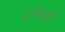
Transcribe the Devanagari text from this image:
टुकेडी